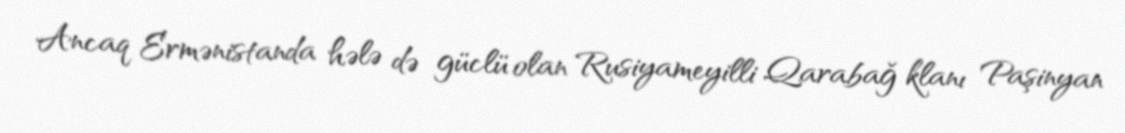
Ancaq Ermənistanda hələ də güclü olan Rusiyameyilli Qarabağ klanı Paşinyan